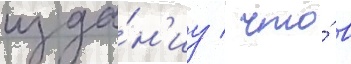
изда́н'иу / что́ в